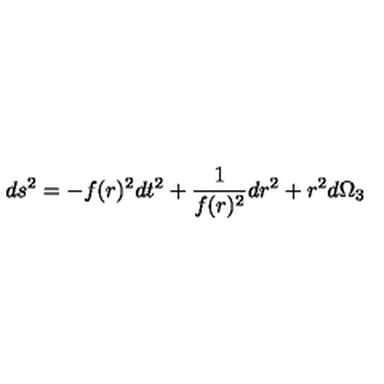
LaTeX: d s ^ { 2 } = - f ( r ) ^ { 2 } d t ^ { 2 } + { \frac { 1 } { f ( r ) ^ { 2 } } } d r ^ { 2 } + r ^ { 2 } d \Omega _ { 3 }